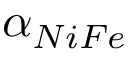
\alpha _ { N i F e }